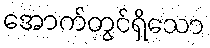
အောက်တွင်ရှိသော